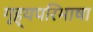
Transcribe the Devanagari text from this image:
गृह्यपरिभाषा